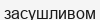
засушливом